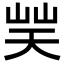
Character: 𡷪